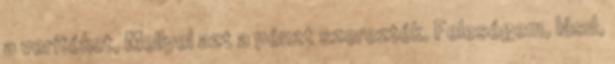
a verítéket, Mellyel azt a pénzt szerezték. Feleségem, lásd,